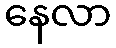
နေလာ